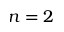
n = 2